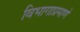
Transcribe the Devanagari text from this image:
विभागाप्रमाणे